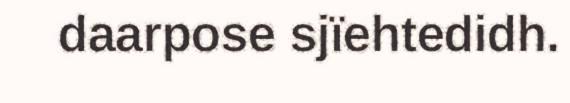
daarpose sjïehtedidh.